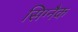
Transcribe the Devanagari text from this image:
सिग्‍नैक